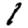
Digit: 1